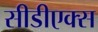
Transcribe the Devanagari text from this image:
सीडीएक्स